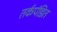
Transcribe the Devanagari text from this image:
तर्कपंडित